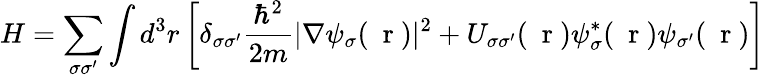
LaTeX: H=\sum_{\sigma\sigma^{\prime}}\int d^{3}r\left[\delta_{\sigma\sigma^{\prime}}\frac{\hbar^{2}}{2m}|\nabla\psi_{\sigma}(\mathrm{~\mathbf~r~})|^{2}+U_{\sigma\sigma^{\prime}}(\mathrm{~\mathbf~r~})\psi_{\sigma}^{*}(\mathrm{~\mathbf~r~})\psi_{\sigma^{\prime}}(\mathrm{~\mathbf~r~})\right]